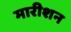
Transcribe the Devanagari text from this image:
मारीशन